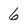
Character: 6